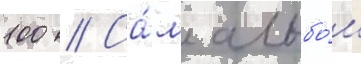
100 // Са́м альбо́м